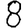
Digit: 8